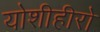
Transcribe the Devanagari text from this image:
योशीहीरो